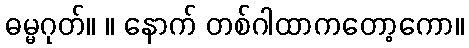
ဓမ္မဂုတ်။ ။ နောက် တစ်ဂါထာကတော့ကော။